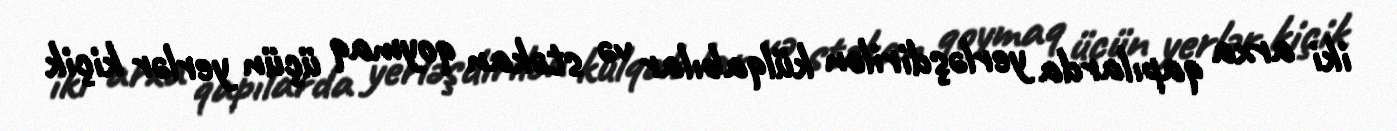
iki arxa qapılarda yerləşdirilən külqabılar və stəkan qoymaq üçün yerlər kiçik